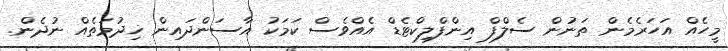
މީހެއް އަހަރެމެން ތަނުން ސެލްފް އިންފްލިކްޓެޑް އެއްވެސް ކަމަކު އާސަންދައިން ޚިދުމަތެއް ނުދެން.